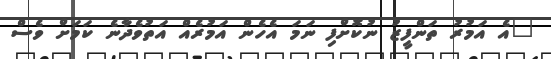
"އެ އަމުރު ތަންފީޒު ނުކޮށްފި ނަމަ އެހެން އަމުރެއް އަތުވެދާނެ ކަމަަށް ވެސް